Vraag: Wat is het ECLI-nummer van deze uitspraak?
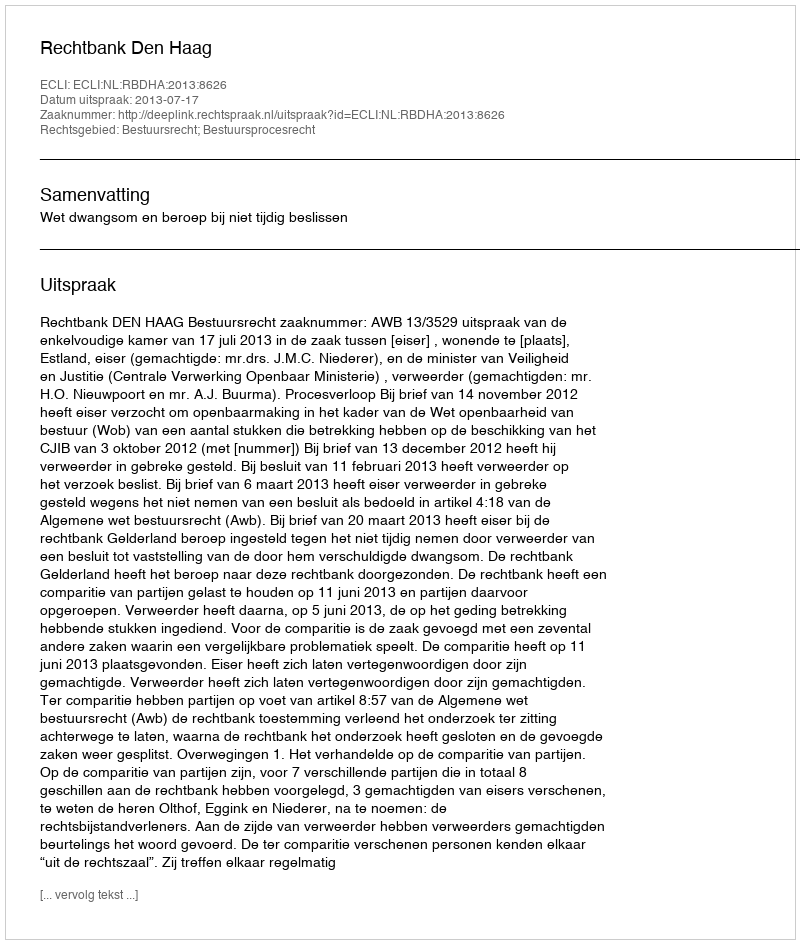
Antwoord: ECLI:NL:RBDHA:2013:8626